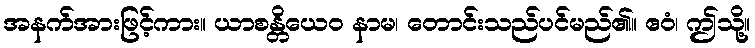
အနက်အားဖြင့်ကား။ ယာစန္တိယေဝ နာမ၊ တောင်းသည်ပင်မည်၏။ ဧဝံ၊ ဤသို့။